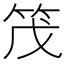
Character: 𫁸